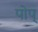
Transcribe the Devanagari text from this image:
पोप्